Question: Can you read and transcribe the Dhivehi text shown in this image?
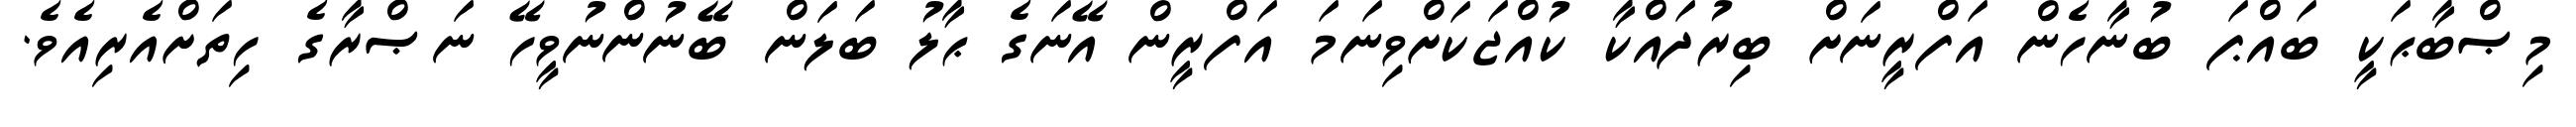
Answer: މިޞްބާޙަކީ ބައްޕަ ބުނާހެން އަފްރީނަށް ބިރުދައްކާ ކުއްޖަކަށްވިނަމަ އަފްރީން އޭނަގެ ޙާލު ބަލަން ބޭނުންނުވީހޭ ނަޞްރާގެ ހިތަށްއެރިއެވެ.